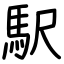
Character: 駅